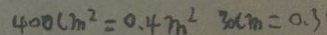
4 0 0 c m ^ { 2 } = 0 . 4 m ^ { 2 } 3 0 c m = 0 . 3